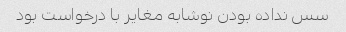
سس نداده بودن نوشابه مغایر با درخواست بود